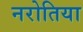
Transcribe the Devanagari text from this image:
नरोतिया